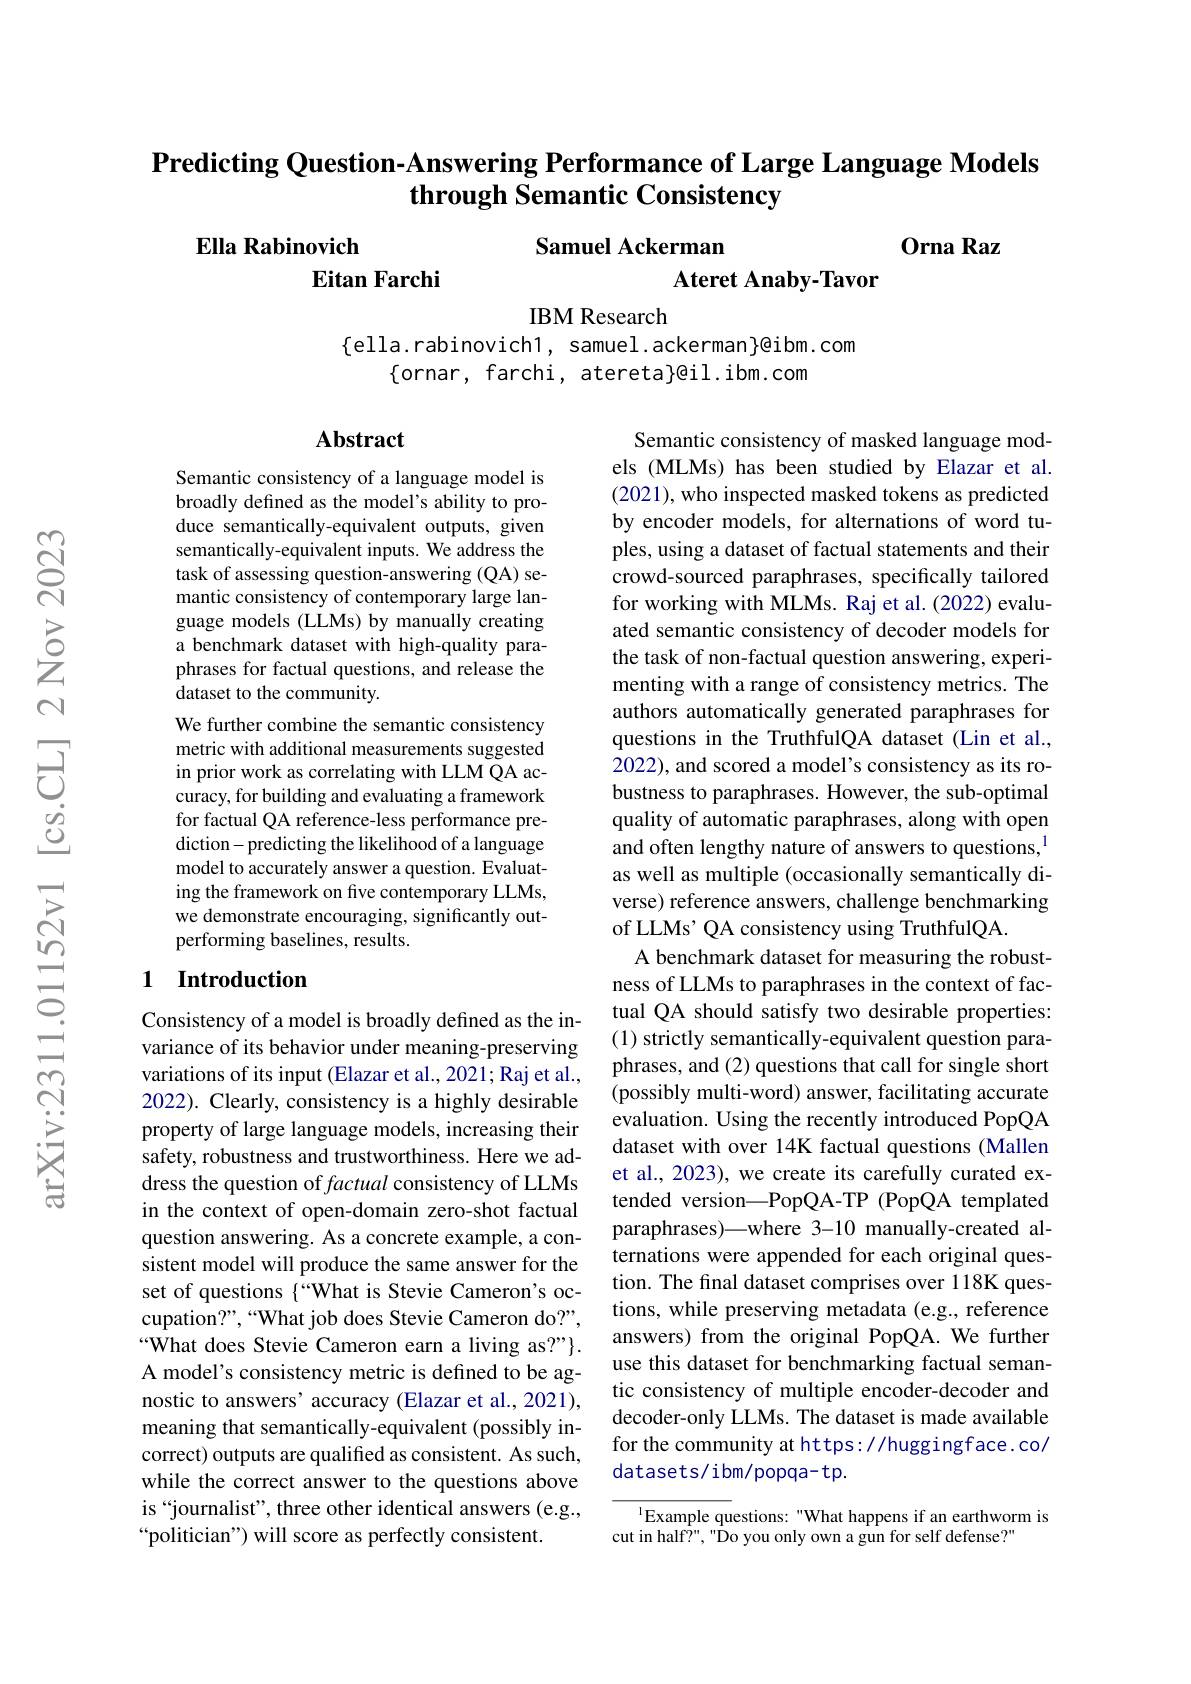
## Predicting Question-Answering Performance of Large Language Models through Semantic Consistency

Orna Raz

Samuel Ackerman

## Ella Rabinovich Eitan Farchi

Ateret Anaby-Tavor

IBM Research

$\{$ella.rabinovich1, samuel.ackerman}961bm.com
$\{$ornar, farchi, atereta}@il.ibm.com

### Abstract

Semantic consistency of a language model is broadly defined as the model's ability to produce semantically-equivalent outputs, given semantically-equivalent inputs. We address the task of assessing question-answering (QA) semantic consistency of contemporary large language models (LLMs) by manually creating a benchmark dataset with high-quality paraphrases for factual questions, and release the dataset to the community.
We further combine the semantic consistency metric with additional measurements suggested in prior work as correlating with LLM QA accuracy, for building and evaluating a framework for factual QA reference-less performance prediction- predicting the likelihood of a language model to accurately answer a question. Evaluating the framework on five contemporary LLMs, we demonstrate encouraging, significantly outperforming baselines, results.

Semantic consistency of masked language models (MLMs) has been studied by Elazar et al. (2021), who inspected masked tokens as predicted by encoder models, for alternations of word tuples, using a dataset of factual statements and their crowd-sourced paraphrases, specifically tailored for working with MLMs. Raj et al. (2022) evaluated semantic consistency of decoder models for the task of non-factual question answering, experimenting with a range of consistency metrics. The authors automatically generated paraphrases for questions in the TruthfulQA dataset (Lin et al., 2022), and scored a model's consistency as its robustness to paraphrases. However, the sub-optimal quality of automatic paraphrases, along with open and often lengthy nature of answers to questions,$^{1}$ as well as multiple (occasionally semantically diverse) reference answers, challenge benchmarking of LLMs' QA consistency using TruthfulQA.
A benchmark dataset for measuring the robustness of LLMs to paraphrases in the context of factual QA should satisfy two desirable properties: (1) strictly semantically-equivalent question paraphrases, and (2) questions that call for single short (possibly multi-word) answer, facilitating accurate evaluation. Using the recently introduced PopQA dataset with over 14K factual questions (Mallen et al., 2023), we create its carefully curated extended version—PopQA-TP (PopQA templated paraphrases)—where 3-10 manually-created alternations were appended for each original question. The final dataset comprises over 118K questions, while preserving metadata (e.g., reference answers) from the original PopQA. We further use this dataset for benchmarking factual semantic consistency of multiple encoder-decoder and decoder-only LLMs. The dataset is made available for the community at https://huggingface.co/ datasets/ibm/popqa-tp.

### 1 Introduction

Consistency of a model is broadly defined as the invariance of its behavior under meaning-preserving variations of its input (Elazar et al., 2021; Raj et al., 2022). Clearly, consistency is a highly desirable property of large language models, increasing their safety, robustness and trustworthiness. Here we address the question of factual consistency of LLMs in the context of open-domain zero-shot factual question answering. As a concrete example, a consistent model will produce the same answer for the set of questions {“What is Stevie Cameron's occupation?”,“What job does Stevie Cameron do?”, “What does Stevie Cameron earn a living as?"}. A model's consistency metric is defined to be agnostic to answers’accuracy (Elazar et al., 2021), meaning that semantically-equivalent (possibly incorrect) outputs are qualified as consistent. As such, while the correct answer to the questions above is “journalist”, three other identical answers (e.g., “politician") will score as perfectly consistent.

$^{1}$Example questions:"What happens if an earthworm is
cut in half?", " Do you only own a gun for self defense?"